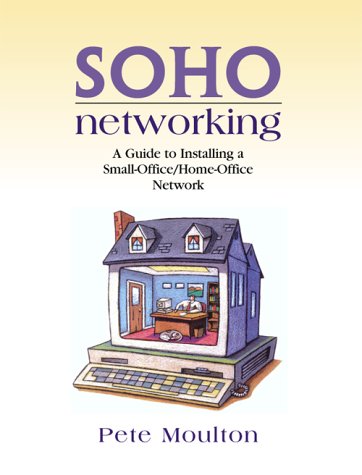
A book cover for SOHO Networking: A Guide to Installing a Small-Office/Home-Office Network; Pete Moulton; Computers & Technology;